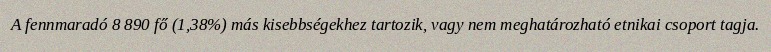
A fennmaradó 8 890 fő (1,38%) más kisebbségekhez tartozik, vagy nem meghatározható etnikai csoport tagja.